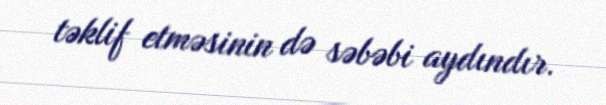
təklif etməsinin də səbəbi aydındır.